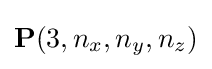
\mathbf {P} (3,n_{x},n_{y},n_{z})